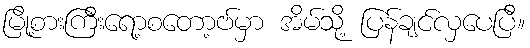
မြို့စားကြီးရော့စတော့ဗ်မှာ အိမ်သို့ ပြန်ချင်လှပေပြီ။